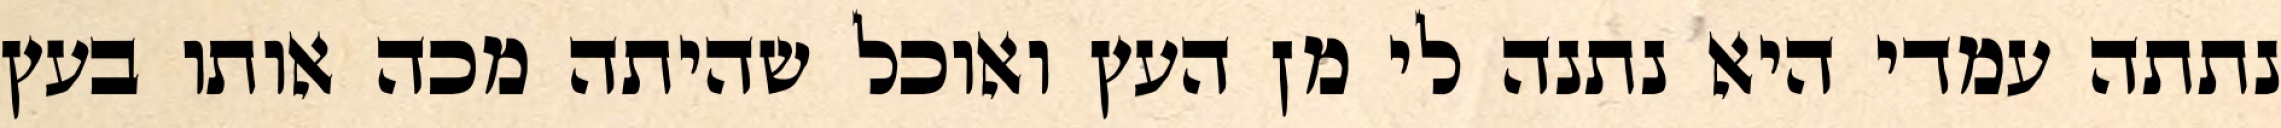
נתתה עמדי היא נתנה לי מן העץ ואוכל שהיתה מכה אותו בעץ